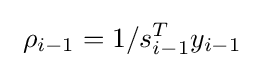
~\rho _{i-1}=1/s_{i-1}^{T}y_{i-1}